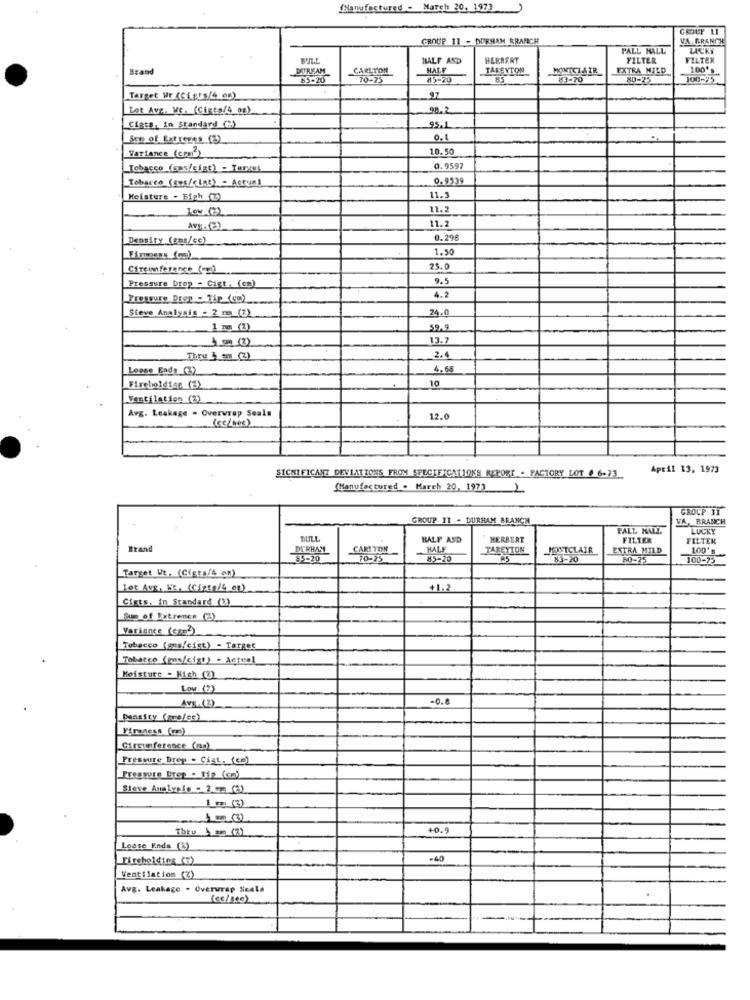
Manufactured - March 20. 1973
CROUP 11
GROUP 11 - DURHAM BRANCH
VA BRANCH
FALL HALL
LICKY
BULL
HALF AND
HERBERT
FILTER
FILTER
Brand
DUREAM
CARLTON
HALF
TALENTON
MONTCLAIR
EXTRA MILD
100's
85-20
10-15
85-20
85
83-70
80-75
100-95
Target Vr (Cigts/4 eg)
97
Let Ave. ME. (Cigta/4_0g)
98.2
Cista, in Standard (2)
95.1
See of Extremes (3)
0,8
10.50
Variance (com )
Tobacco (sus/cigt) - Target
0.9597
Tobacco (SWE/clar) - Actual
0.9539
Moisture - Bigh (2)
11.3
Low (2)
11.2
11.2
Avt. (2)
Density (ses/ce)
0.296
1.50
25.0
9.5
Pressure Drop - Cigt. (cm)
4.2
Pressure Drop - Tip_(cm)
Steve Analysis - 2 mm (7)
24.0
1 mg (1)
59.9
13.7
Thru 3_m_(3)
2.4
Loose Ends_(3)
4.68
Fireholding (2)
10
Ventilation (3)
Avg. Leakage . Overwrap Seals
12.0
SICHI FICANT DEVIATIONS FROM SPECIFICATIONS REPORT - FACTORY LOT # 6-23
April 13, 1973
Manufactured - March 20, 1973 1
GROUP IT
GROUP 11 - DURHAM BRANCH
VA, BRANCH
PALL MALL
LUCKY
BILL
HALF ASD
HERBERT
FILIER
FILTER
Brand
CARI TON
MALE
TAREYTON
MONTCLAIR
EXTRA MILD
100's
83-20
83-20
50-75
100-23
Target We. (Cigts/& c))
lot Avg. Et. (Giata/4 op)
+1.2
Cists. in Standard (2.)
Sup of Extrenes (2)
Variance (+).
Tobacco (sms/cist) - Target
Tobacco (gas/cigt) - Actual
Moisture -Fish (2)
Low (2)
Avs.(2)
-0.
Circumference (ma)
Pressure Drop - Cist. (cm)
Pressure Drop - Tie (cm)
Sieve Analysfe - 2 m (a)
Thru 4 mm (2)
40.9
Loose Ends (3)
Fireholding_(3)
-40
Ventilation (℃)
Avg. Leakage - Overwrap Seals